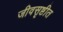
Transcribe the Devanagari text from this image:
जीवसृष्टीत